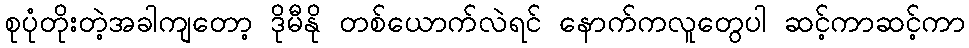
စုပုံတိုးတဲ့အခါကျတော့ ဒိုမီနို တစ်ယောက်လဲရင် နောက်ကလူတွေပါ ဆင့်ကာဆင့်ကာ